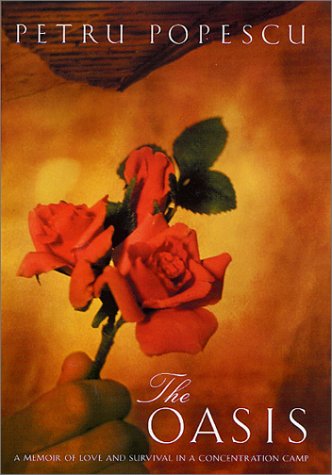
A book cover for The Oasis: A Memoir of Love and Survival in a Concentration Camp; Petru Popescu; Biographies & Memoirs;